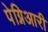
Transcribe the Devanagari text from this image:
पेग्निआरी